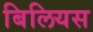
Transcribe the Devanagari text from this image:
बिलियस